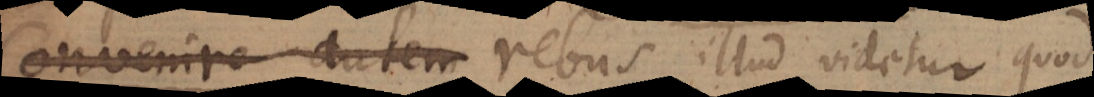
C autem rebus illud videtur quod